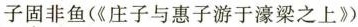
子固非鱼(《庄子与惠子游于濠梁之上》)